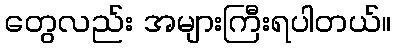
တွေလည်း အများကြီးရပါတယ်။